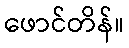
ဖောင်တိန်။